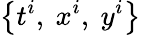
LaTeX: \left\{ t^{i},~x^{i},~y^{i}\right\}